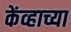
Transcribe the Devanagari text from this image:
केंव्हाच्या